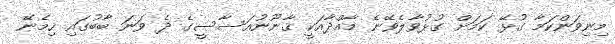
މިނިވަންކަމާ ގުޅޭ ކަމަށް ގުޅުވާލެވޭނެ މާއްދާއަކީ ޤާނޫނުއަސާސީގެ ދެ ވަނަ ބާބުގައި ހިމެނޭ